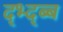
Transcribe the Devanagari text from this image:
द्भ्द्ब्ब